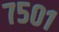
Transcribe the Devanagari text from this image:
७५०१